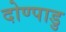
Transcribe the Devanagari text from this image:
दोण्पाडु